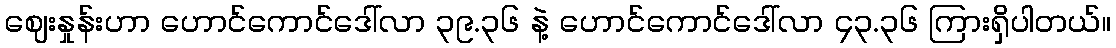
ဈေးနှုန်းဟာ ဟောင်ကောင်ဒေါ်လာ ၃၉.၃၆ နဲ့ ဟောင်ကောင်ဒေါ်လာ ၄၃.၃၆ ကြားရှိပါတယ်။